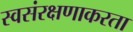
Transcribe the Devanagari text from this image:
स्वसंरक्षणाकरता